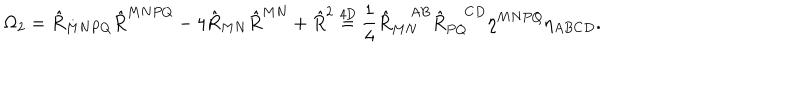
LaTeX: \Omega _ { 2 } = \hat { R } _ { M N P Q } \hat { R } ^ { M N P Q } - 4 \hat { R } _ { M N } \hat { R } ^ { M N } + \hat { R } ^ { 2 } \stackrel { \mathrm { 4 D } } { = } \frac { 1 } { 4 } \hat { R } _ { M N } ^ { A B } \hat { R } _ { P Q } ^ { C D } \eta ^ { M N P Q } \eta _ { A B C D } .